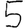
Digit: 5